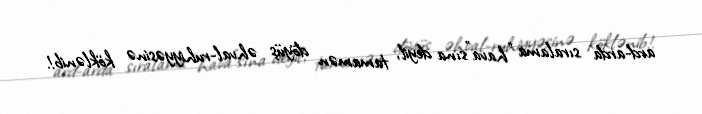
ard-arda sıralama “hava”sına deyil, tamamən döyüş əhval-ruhiyyəsinə köklənib!.